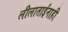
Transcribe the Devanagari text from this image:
लीलाताईंनाही